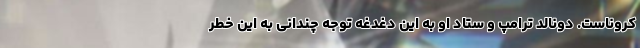
کروناست. دونالد ترامپ و ستاد او به این دغدغه توجه چندانی به این خطر